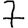
Digit: 7